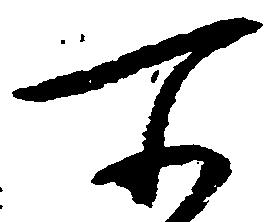
所